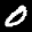
Label: 0